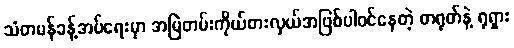
သံတမန်ခန့်အပ်ရေးမှာ အမြဲတမ်းကိုယ်စားလှယ်အဖြစ်ပါဝင်နေတဲ့ တရုတ်နဲ့ ရုရှား